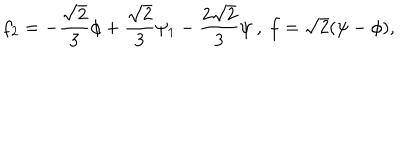
LaTeX: f _ { 2 } = - \frac { \sqrt { 2 } } { 3 } \phi + \frac { \sqrt { 2 } } { 3 } \psi _ { 1 } - \frac { 2 \sqrt { 2 } } { 3 } \psi \ , \ f = \sqrt { 2 } ( \psi - \phi ) ,